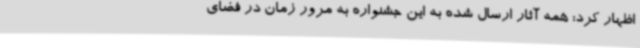
اظهار کرد: همه آثار ارسال شده به این جشنواره به مرور زمان در فضای